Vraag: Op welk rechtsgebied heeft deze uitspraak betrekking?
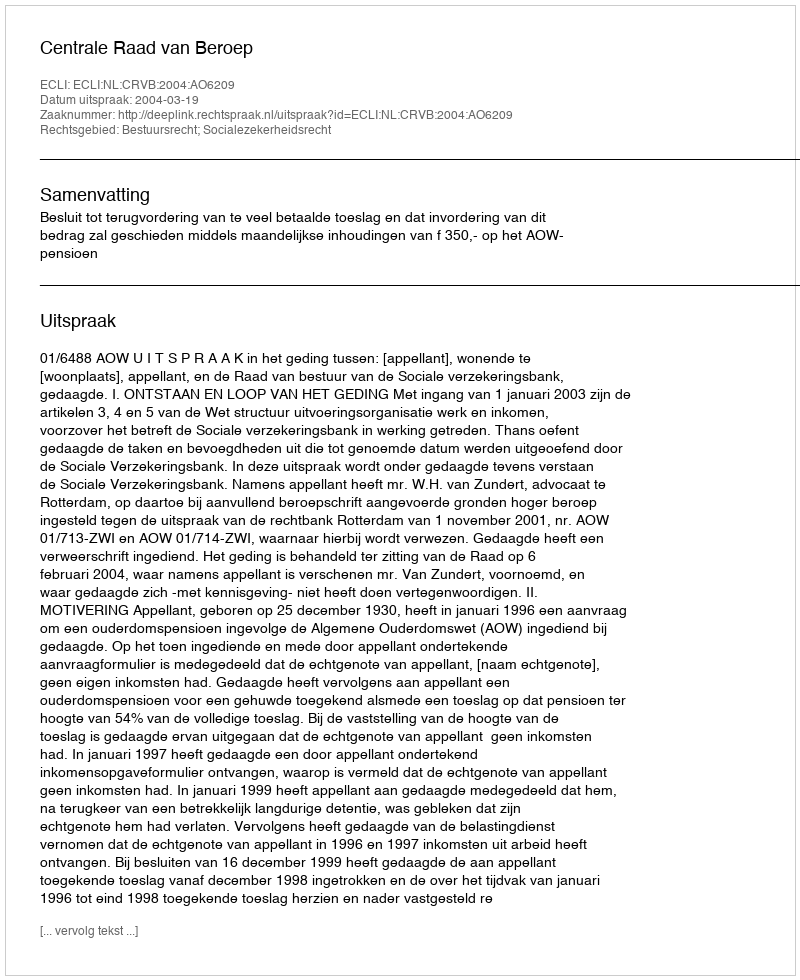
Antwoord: Bestuursrecht; Socialezekerheidsrecht